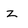
Character: z